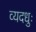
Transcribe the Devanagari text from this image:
व्यदधुः